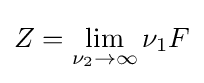
Z=\lim _{\nu _{2}\to \infty }\nu _{1}F